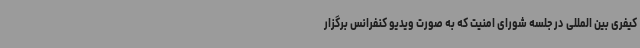
کیفری بین المللی در جلسه شورای امنیت که به صورت ویدیو کنفرانس برگزار